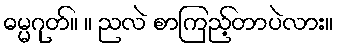
ဓမ္မဂုတ်။ ။ ညလဲ စာကြည့်တာပဲလား။